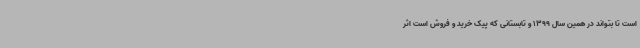
است تا بتواند در همین سال 1399 و تابستانی که پیک خرید و فروش است اثر